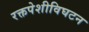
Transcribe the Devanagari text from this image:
रक्तपेशीविघटन